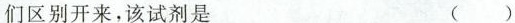
们区别开来，该试剂是（）